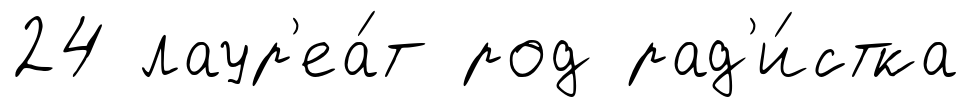
24 лаур'еа́т род рад'и́стка